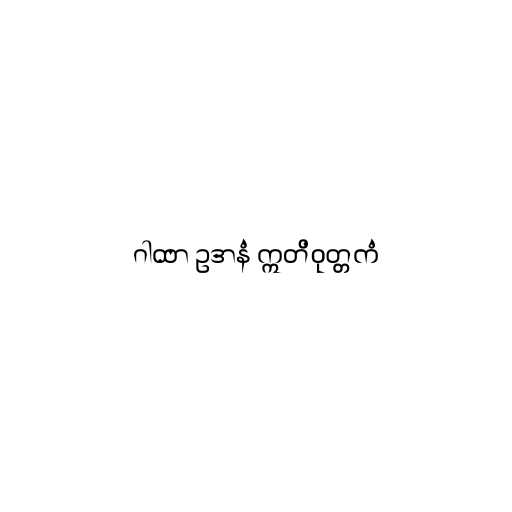
ဂါထာ ဥဒာနံ ဣတိဝုတ္တကံ